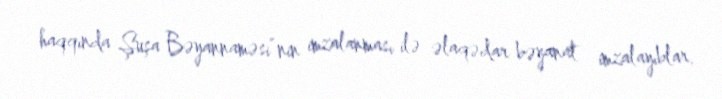
haqqında Şuşa Bəyannaməsi”nin imzalanması ilə əlaqədar bəyanat imzalayıblar.